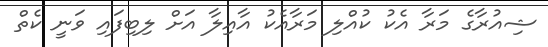
ޝިއުރާގެ މަރާ އެކު ކުއްލި މަރާއެކު އާއިލާ އަށް ލިބިފައި ވަނީ ކެތް